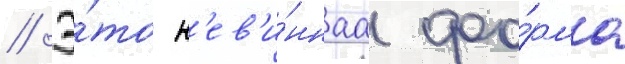
// Э́то н'ев'и́ннаа фо́рма